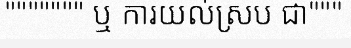
""""""" ឬ ការយល់ស្រប ជា"""